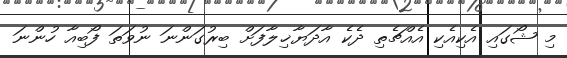
މި ޝޯގައި އެކިއެކި އެއްޗެތި ދެކެ އާދަޔާޚިލާފަށް ބިރުގަންނަ ނުވަތަ ފޯބިއާ ހުންނަ